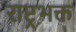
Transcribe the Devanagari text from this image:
राष्ट्रभक्त